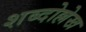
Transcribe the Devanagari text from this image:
शब्दोल्लेख